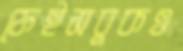
ফেইসবুকও